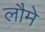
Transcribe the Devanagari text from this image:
लौमे